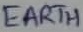
Text: EARTH